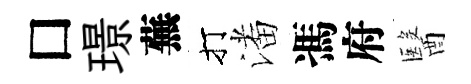
□璟蕪打潘馮府醫